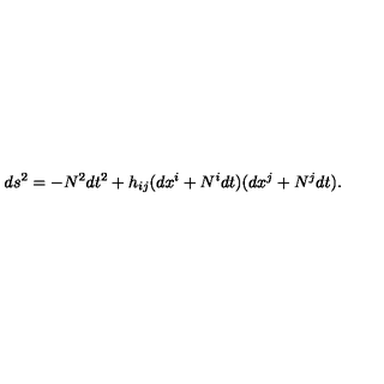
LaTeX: d s ^ { 2 } = - N ^ { 2 } d t ^ { 2 } + h _ { i j } ( d x ^ { i } + N ^ { i } d t ) ( d x ^ { j } + N ^ { j } d t ) .